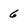
Character: 6